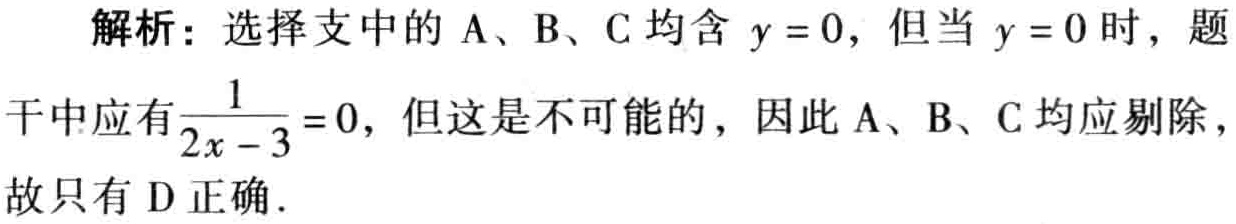
解析：选择支中的A、B、C均含\(y = 0\)，但当\(y = 0\)时，题干中应有\(\frac{1}{2x - 3}=0\)，但这是不可能的，因此A、B、C均应剔除，故只有D正确.